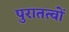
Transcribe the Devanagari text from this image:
पुरातत्वों